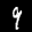
Label: 9